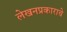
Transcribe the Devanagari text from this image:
लेखनप्रकाराचे